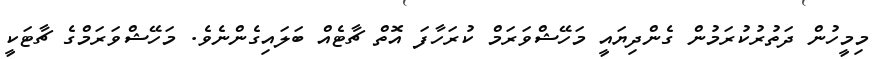
މިމީހުން ދަތުރުކުރަމުން ގެންދިޔައީ މަހޭޝްވަރަމް ކުރަހާފަ އޮތް ޗާޓެއް ބަލައިގެންނެވެ. މަހޭޝްވަރަމްގެ ޗާޓަކީ